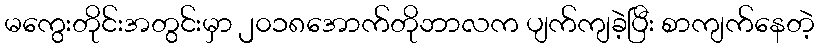
မကွေးတိုင်းအတွင်းမှာ ၂၀၁၈အောက်တိုဘာလက ပျက်ကျခဲ့ပြီး စာကျက်နေတဲ့